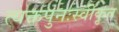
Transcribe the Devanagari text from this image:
त्यक्तपुनःस्वीकृत